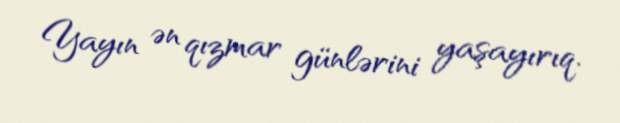
Yayın ən qızmar günlərini yaşayırıq.